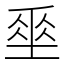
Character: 𡍮